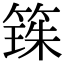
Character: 𫂒